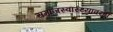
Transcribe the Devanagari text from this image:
समाजस्वास्थ्यावरही